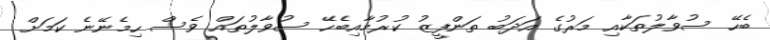
ބެހޭ ސުވާލުތަކާއި މަރުގެ އަދަބު ތަންފީޒު ކުރުމާއިބެހޭ ސުވާލުތައް ވެސް ހިމެނޭނެ ކަމަށް